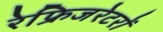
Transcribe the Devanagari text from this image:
रेफ्रिजरेटरों